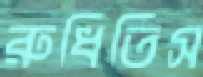
রুধিতিস